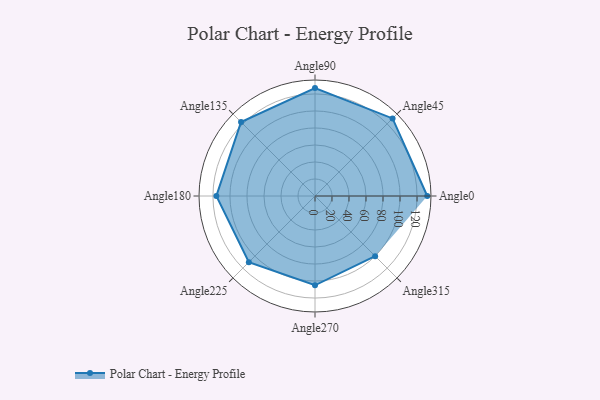
{"axis": {"x": "Angle", "y": "Radius"}, "legend": [""], "data": [{"x": "Angle0", "y": 132.0, "type": ""}, {"x": "Angle45", "y": 129.0, "type": ""}, {"x": "Angle90", "y": 127.0, "type": ""}, {"x": "Angle135", "y": 123.0, "type": ""}, {"x": "Angle180", "y": 116.0, "type": ""}, {"x": "Angle225", "y": 110.0, "type": ""}, {"x": "Angle270", "y": 105.0, "type": ""}, {"x": "Angle315", "y": 100.0, "type": ""}]}